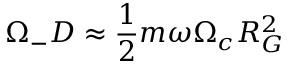
\Omega _ { - } D \approx \frac { 1 } { 2 } m \omega \Omega _ { c } R _ { G } ^ { 2 }